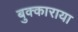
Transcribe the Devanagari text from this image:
बुक्काराया